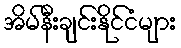
အိမ်နီးချင်းနိုင်ငံများ